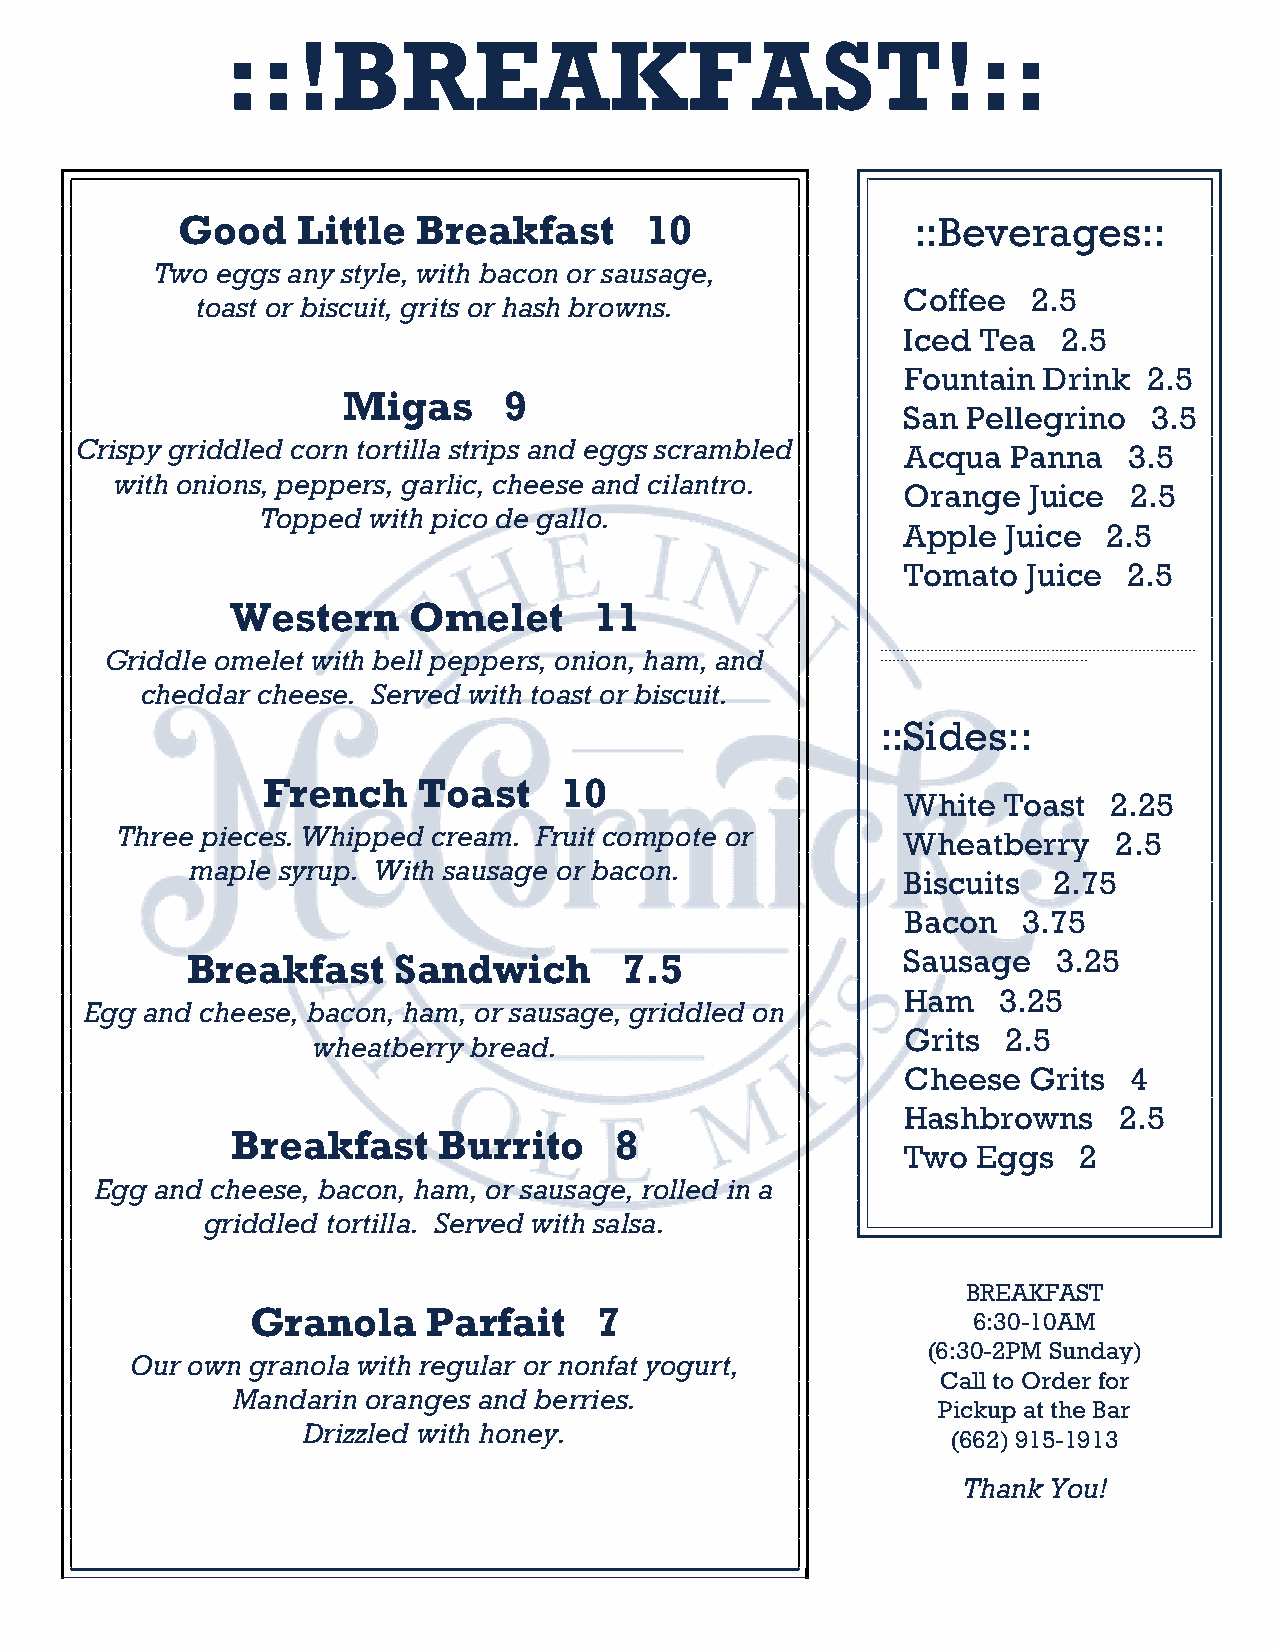
::!BREAKFAST!::
 Good    Little  Breakfast      10               ::Beverages::
 Two eggs any style, with bacon or sausage,
 Coffee  2.5
 toast or biscuit, grits or hash browns.
 Iced Tea  2.5
 Fountain Drink  2.5
 Migas     9
 San Pellegrino  3.5
 Crispy griddled corn tortilla strips and eggs scrambled Acqua Panna   3.5
 with onions, peppers, garlic, cheese and cilantro.
 Orange  Juice  2.5
 Topped with pico de gallo.
 Apple  Juice 2.5
 Tomato  Juice  2.5
 Western     Omelet      11
 Griddle omelet with bell peppers, onion, ham, and  _ __ __ __ __ __ __ __ __ __ __ __ __ __ __ __ __ __ __ __ __ __ __ __ __ __ __ __ __ __ __ __ __ __ __ __ __ __ __ __ __ __ __ __ __ __ __ __ __ __ _ __________________________
 cheddar cheese. Served with toast or biscuit.
 ::Sides::
 French     Toast    10
 White Toast  2.25
 Three pieces. Whipped cream. Fruit compote or       Wheatberry    2.5
 maple syrup. With sausage or bacon.
 Biscuits  2.75
 Bacon   3.75
 Breakfast     Sandwich       7.5                Sausage   3.25
 Ham   3.25
 Egg and cheese, bacon, ham, or sausage, griddled on
 Grits  2.5
 wheatberry bread.
 Cheese  Grits  4
 Hashbrowns    2.5
 Breakfast     Burrito     8
 Two  Eggs  2
 Egg and cheese, bacon, ham, or sausage, rolled in a
 griddled tortilla. Served with salsa.
 BREAKFAST
 Granola    Parfait     7
 6:30-10AM
 (6:30-2PM Sunday)
 Our own granola with regular or nonfat yogurt,
 Call to Order for
 Mandarin oranges and berries.
 Pickup at the Bar
 Drizzled with honey.
 (662) 915-1913
 Thank You!